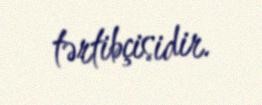
tərtibçisidir.